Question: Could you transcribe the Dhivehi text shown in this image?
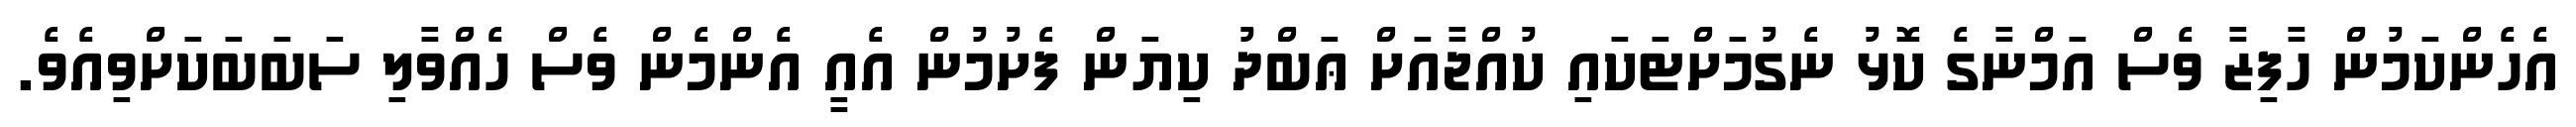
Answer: އެހެންކަމުން ހާފިޒާ ވެސް އަމްނާގެ ކޮޅު ނެގުމަށްޓަކައި ކުއްޖާއަށް ޢަބްދު ކިޔަން ފެށުމުން އެއީ އެންމެން ވެސް ހެއްވާލި ސަބަބަކަށްވިއެވެ.